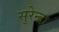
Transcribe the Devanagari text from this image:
सुरेन्द्रा